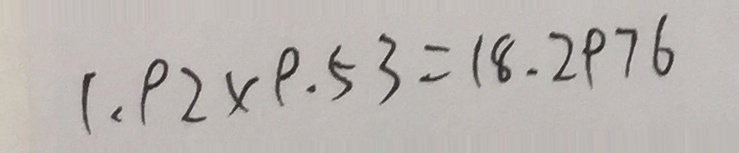
1 . 9 2 \times 9 . 5 3 = 1 8 . 2 9 7 6